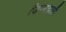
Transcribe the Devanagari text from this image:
ज़िम्मदारी